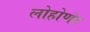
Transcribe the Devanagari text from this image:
लोहोणेर